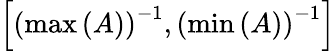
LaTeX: \left[\left(\operatorname*{max}\left(A\right)\right)^{-1},\left(\operatorname*{min}\left(A\right)\right)^{-1}\right]